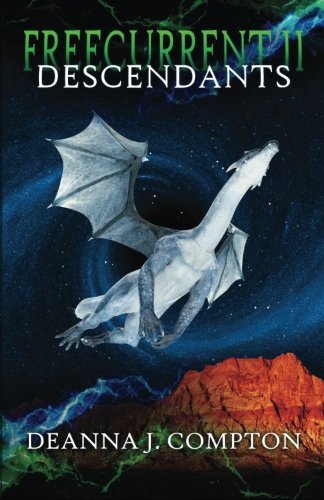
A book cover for Freecurrent II: Descendants (Freecurrent series); Deanna J. Compton; Science Fiction & Fantasy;